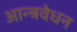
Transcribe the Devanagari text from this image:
आन्त्रवेधन